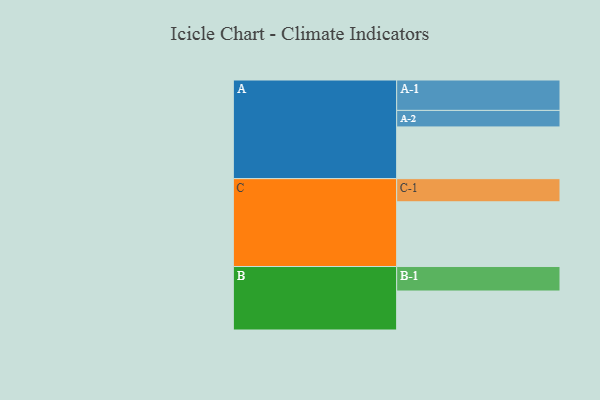
{"axis": {"x": "Segment", "y": "Value"}, "legend": ["", "A", "B", "C"], "data": [{"x": "A", "y": 422, "type": ""}, {"x": "B", "y": 318, "type": ""}, {"x": "C", "y": 528, "type": ""}, {"x": "A-1", "y": 248, "type": "A"}, {"x": "A-2", "y": 135, "type": "A"}, {"x": "B-1", "y": 200, "type": "B"}, {"x": "C-1", "y": 189, "type": "C"}]}